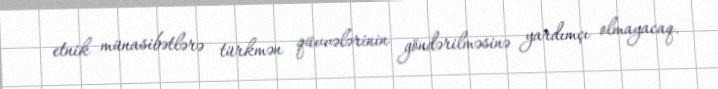
etnik münasibətlərə türkmən qüvvələrinin göndərilməsinə yardımçı olmayacaq.